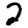
Digit: 2